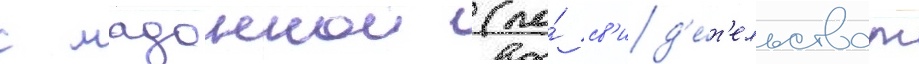
с мадоннои (по́ св'ид'е́т'ельствам